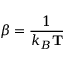
\beta = \frac { 1 } { k _ { B } \mathbf { T } }